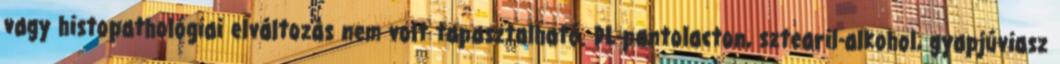
vagy histopathológiai elváltozás nem volt tapasztalható. DL-pantolacton, sztearil-alkohol, gyapjúviasz